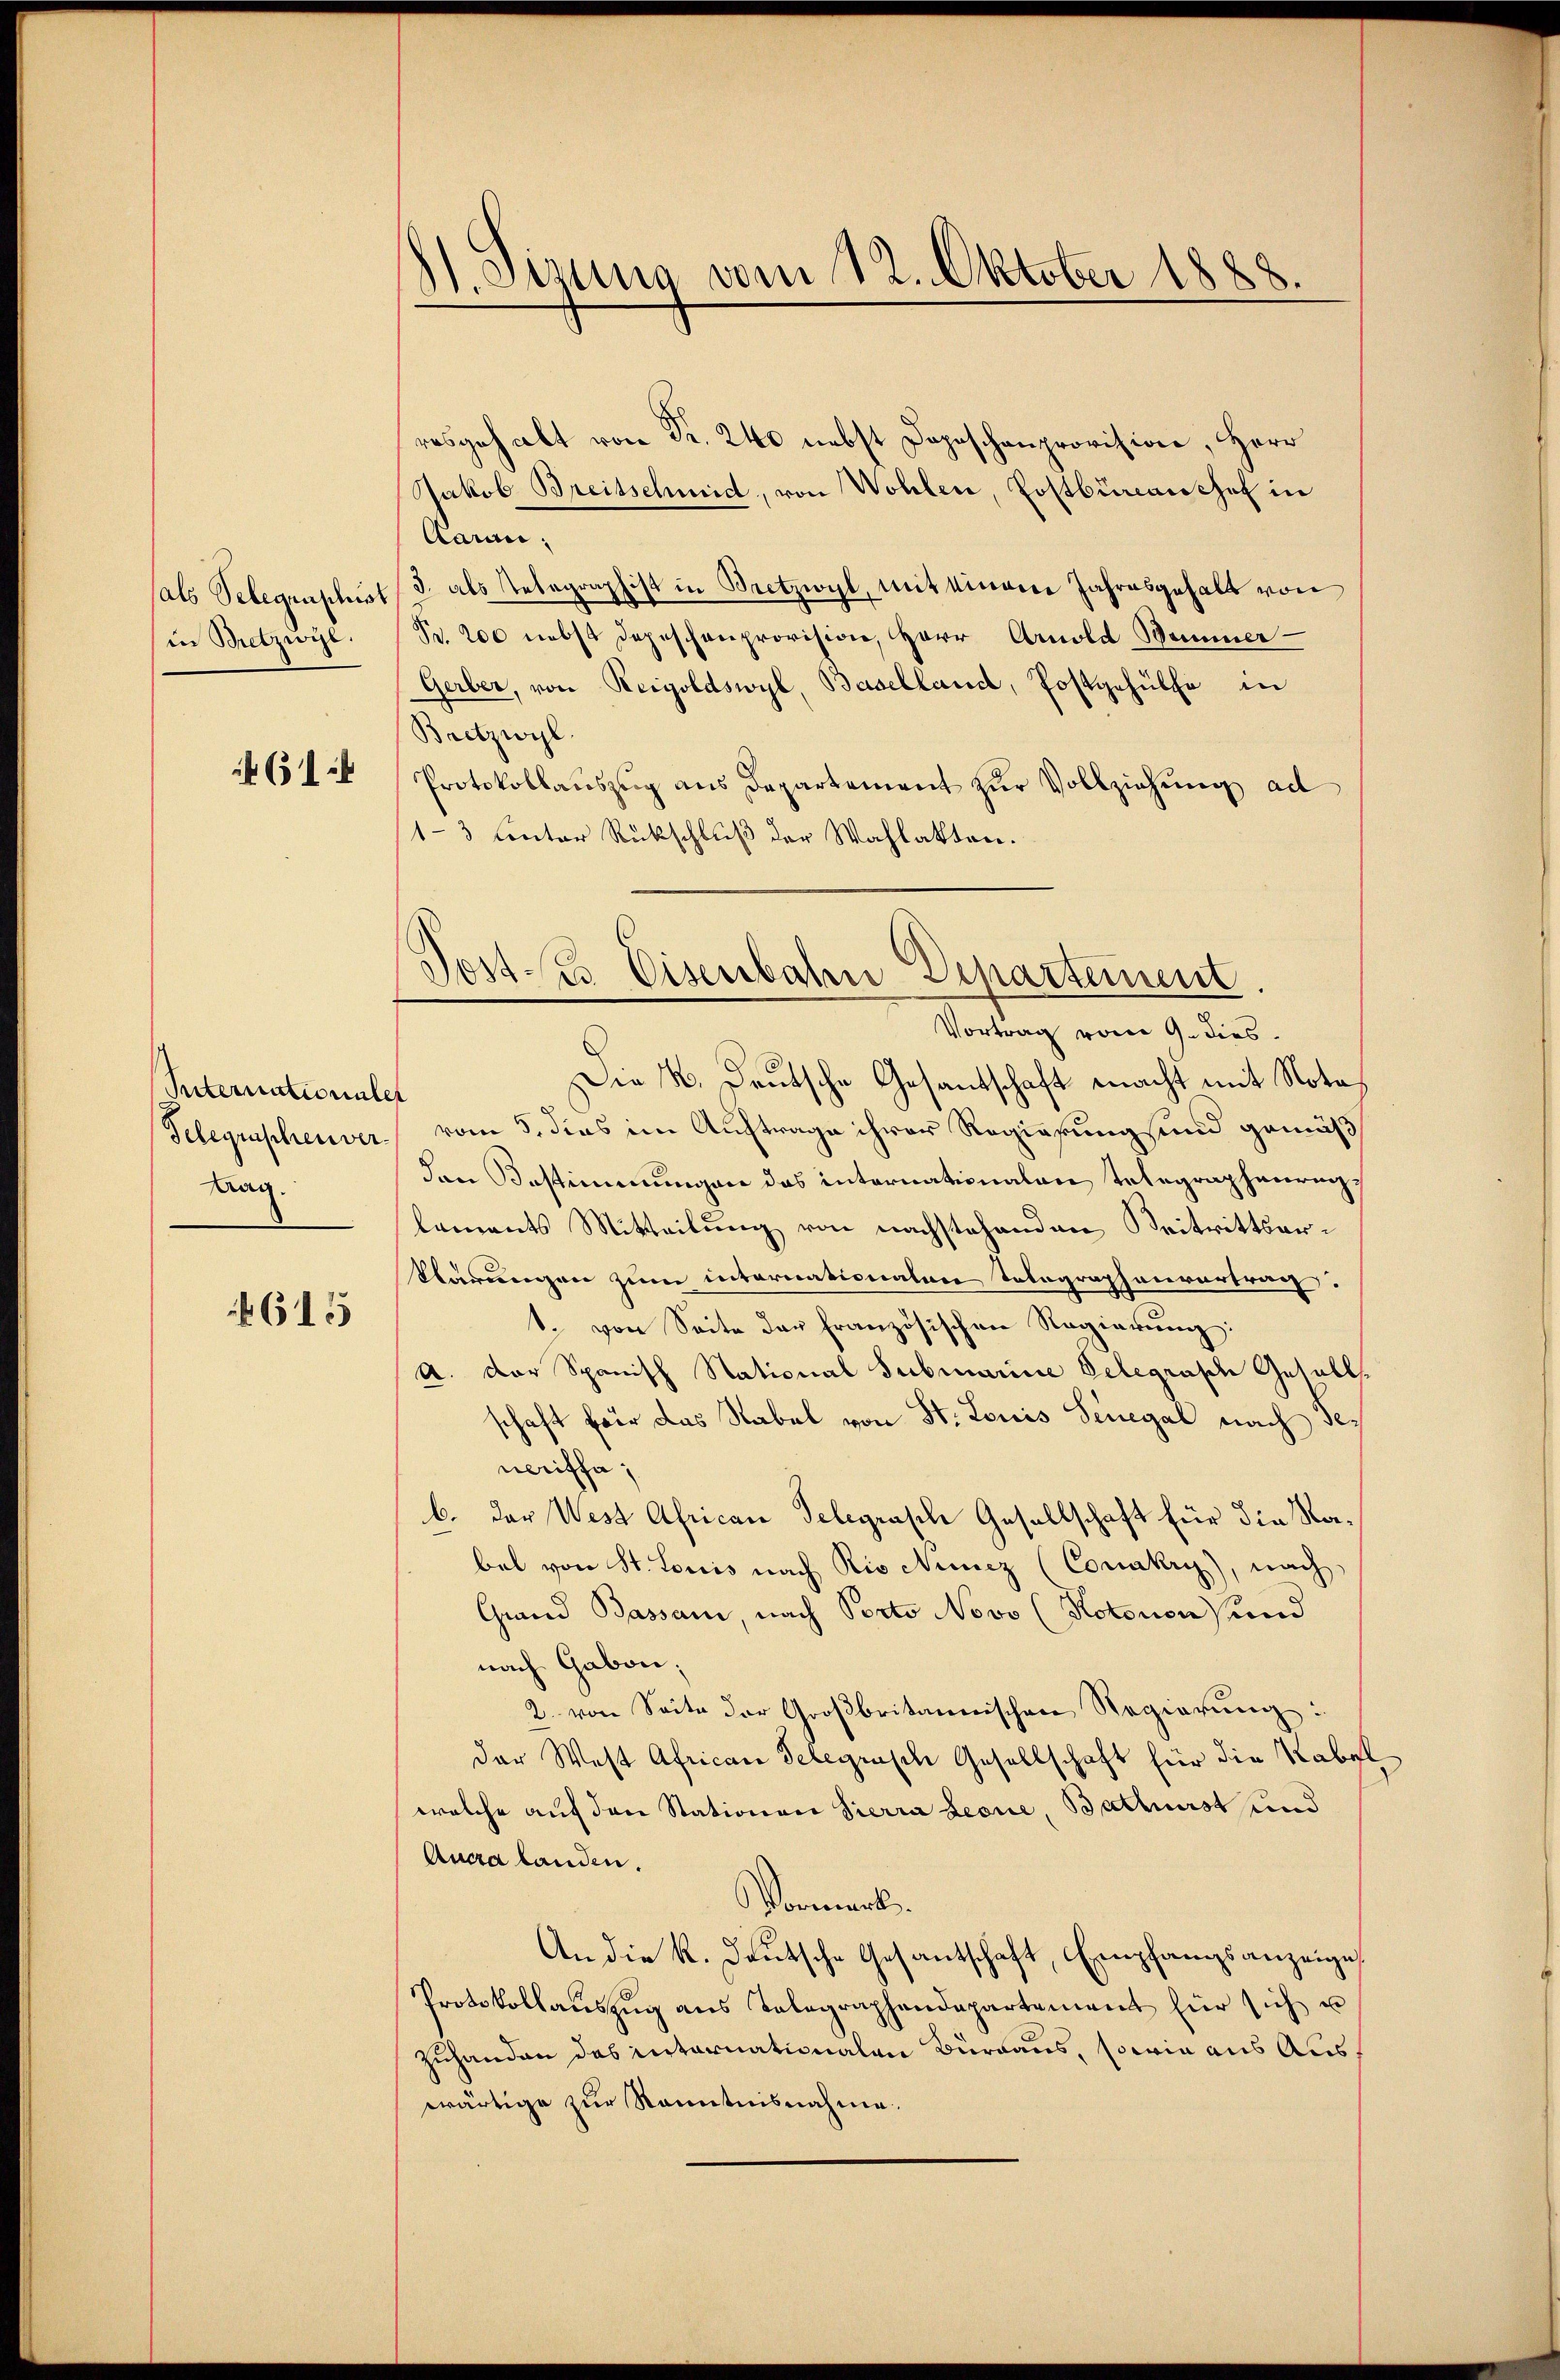
sals Selegenschust
in Betzwyl.

651

Suternationale
Telegraschenver-
tag.

615

1. Sizung vom 12. Oktober 1888.

resgehalt von Fr. 240 nebst Depeschenprovision, Herr
Jakob Breitschmid, von Wohlen, Postbüreaischef in
Aarau,
3. als Telegraphist in Bretzwyl, mit einem Jahresgehalt von
Fr. 200 nebst Depeschenprovision, Herr Arnold Bommer
Gerber, von Reigoldswyl, Baselland, Postgehülfe in
Bretzwyl
Protokollauszug aus Departement zur Vollziehung ad
1-3 Center Rückschluß der Wahlakten.
Vortrag vom 9. dies
Die M. Deutsche Gesantschaft macht mit Nota¬
A
vom 5. dies im Auftrage ihrer Regierung und gemäß
den Bestimmungen das internationalen Telegraphaurig.
lements Mitteilung von nachstehenden Beitrittserklärungen zum internationalen Tolographenvertrag
1. von Seite der französischen Regierung:
A. Der Spanisch Stational Subruarine Delegrasch Gesellschaft für das Rabel von St. Louis Senegal nach de
neriffe;
b. das West African Telegrasche Gesellschaft für die Nabel von St. Louis nach Rio Neuez (Conakry), nach
Grand Bassam, nach Porto Novo (Kotonon) und
nach Gabon;
2. von Seite der Großbritannischen Regierŭng:
der West African Telegensch Gesellschaft für die Rabel
welche auf den Stationen Sierra Leone, Bacherst und
Aucra landen.
Vormerk
An die K. Deutsche Gesantschaft, Empfangsanzeige
Protokollaŭszŭg ans Telegraphendepartement für sich u
Zuhanden des internationalen Burgaus, sowie aus Aus
wärtige zur Kenntnisnahme.

Post- & Eisenbahn Departement.